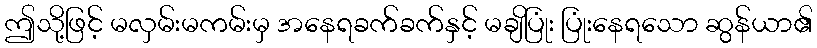
ဤသို့ဖြင့် မလှမ်းမကမ်းမှ အနေရခက်ခက်နှင့် မချိပြုံး ပြုံးနေရသော ဆွန်ယာ၏